system: You are a helpful assistant.
user:
Analyze the provided spectrum to determine if it is a **White Dwarf (WD)**.

A White Dwarf spectrum is defined by its **extreme purity** (due to gravitational settling) and/or **extreme pressure broadening** (due to high surface gravity). You must check for one of the following mutually exclusive signatures:

- **Key Visual Indicators (Check for ONE of these types):**

    - **1. DA-Type Signature (Most Common):**
        - **(Primary Feature):** Extreme pressure broadening (Stark broadening) of the **Hydrogen (H) Balmer lines**.
        - **(Key Lines):** $H\beta$ (approx. $4861$ Å) and $H\gamma$ (approx. $4340$ Å). $H\alpha$ (approx. $6563$ Å) will also be present if the wavelength range covers it.
        - **(Line Profile):** This is the **defining feature**. The lines are **NOT** sharp. They appear as massive, **extremely broad and deep "troughs" or "dips"** in the spectrum, often hundreds of Ångströms wide. The continuum will appear to "scoop" down at these wavelengths.
        - **(Distinction):** Normal A-type or B-type stars have *narrow* and *sharp* Hydrogen lines. A DA White Dwarf's lines are unmistakably "smeared" or "blurry" from pressure.

    - **2. DB-Type Signature:**
        - **(Primary Feature):** Broad absorption lines from **Neutral Helium (He I)**. The spectrum must lack any visible Hydrogen lines.
        - **(Key Lines):** Look for broad absorption near $4471$ Å, $4921$ Å, and $5876$ Å.
        - **(Line Profile):** These lines are also significantly pressure-broadened, appearing much wider than they would in a normal B-type main-sequence star.

    - **3. DC-Type Signature:**
        - **(Primary Feature):** A **featureless continuous spectrum**.
        - **(Line Profile):** The spectrum is a smooth curve with **no significant absorption or emission lines**.
        - **(Key Confirmation):** The continuum is almost always **blue or white**, indicating a hot object. This signature implies the atmosphere is so pure (or so cool) that no spectral lines are visible in the optical range. Its WD identity is confirmed by its extremely low intrinsic brightness (high absolute magnitude).

    - **4. DZ-Type Signature (Metal-Polluted):**
        - **(Primary Feature):** **Isolated, narrow metal absorption lines** on an otherwise featureless (DC-like) continuum.
        - **(Key Lines):** The **Calcium (Ca II) H & K doublet** (approx. **$3934$ Å** and **$3968$ Å**) is the most common and defining feature.
        - **(Line Profile):** These lines are "out of place." They are *not* part of a "forest" of thousands of lines. This signature is evidence of recent *accretion* (pollution) from rocky debris.
        - **(Distinction):** Normal G/K/M stars have a *dense forest* of thousands of metal lines. A DZ has a *clean* continuum with *only a few* strong metal lines.

    - **5. DQ-Type Signature (Carbon-Polluted):**
        - **(Primary Feature):** Absorption bands from **Carbon (C₂ "Swan Bands" or atomic C I)**.
        - **(Key Lines - C₂):** Look for bandheads with a "saw-tooth" shape near $5635$ Å, **$5165$ Å** (strongest), and $4737$ Å.
        - **(Key Confirmation):** The underlying **continuum must be blue or white** (hot).
        - **(Distinction):** This is the critical difference from a **Carbon Star**, which has the *exact same* C₂ bands but on an extremely **red, cool** continuum.

- **(Overall Spectrum):**
    - The continuum (overall shape) is typically **blue-sloping** (brighter in the blue than the red), as most white dwarfs are very hot.
    - The spectrum will look "pure" or "simple," dominated by only *one* of the five signatures listed above.

Think first, call **spectral_visualization_tool** if needed to examine features in detail, then provide your final answer. Your response must adhere to the following strict rules:
1.  **Overall Structure:** Your response must follow the format `<think>...</think> <tool_call>...</tool_call> (if a tool is used) <answer>...</answer>`.
2.  **Tool Usage Constraint:** You may only make **one** tool call per turn.
3.  **Final Answer Format:** In the `<answer>` tag, your conclusion must be inside a `\boxed{}` command (e.g., `\boxed{YES}` or `\boxed{NO}`), followed by your justification.

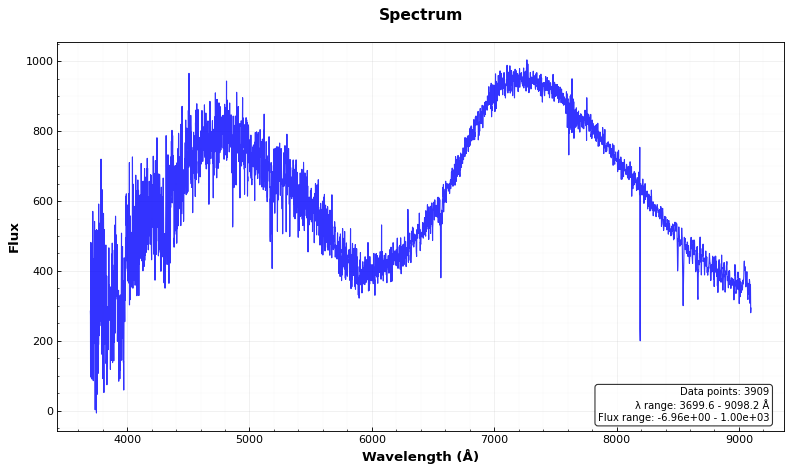
Answer: NO